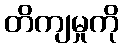
တိကျမှုကို